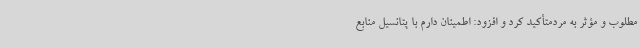
مطلوب و مؤثر به مردمتأکید کرد و افزود: اطمینان دارم با پتانسیل منابع